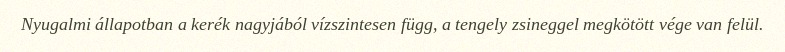
Nyugalmi állapotban a kerék nagyjából vízszintesen függ, a tengely zsineggel megkötött vége van felül.